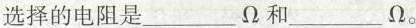
选择的电阻是___Ω和___Ω。